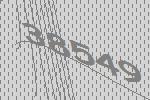
38549